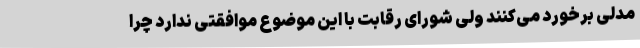
مدلی برخورد می‌کنند ولی شورای رقابت با این موضوع موافقتی ندارد چرا